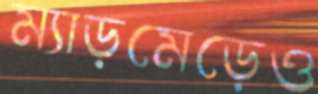
ম্যাড়মেড়েও